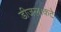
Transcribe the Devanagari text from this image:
डीजल।कटे